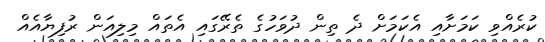
ކުރެއްވި ކަމަށާއި އެކަމަށް ދެ ތިން ދުވަހުގެ ތެރޭގައި އެތައް މިލިއަން ރުފިޔާއެއް